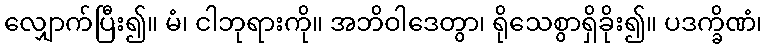
လျှောက်ပြီး၍။ မံ၊ ငါဘုရားကို။ အဘိဝါဒေတွာ၊ ရိုသေစွာရှိခိုး၍။ ပဒက္ခိဏံ၊